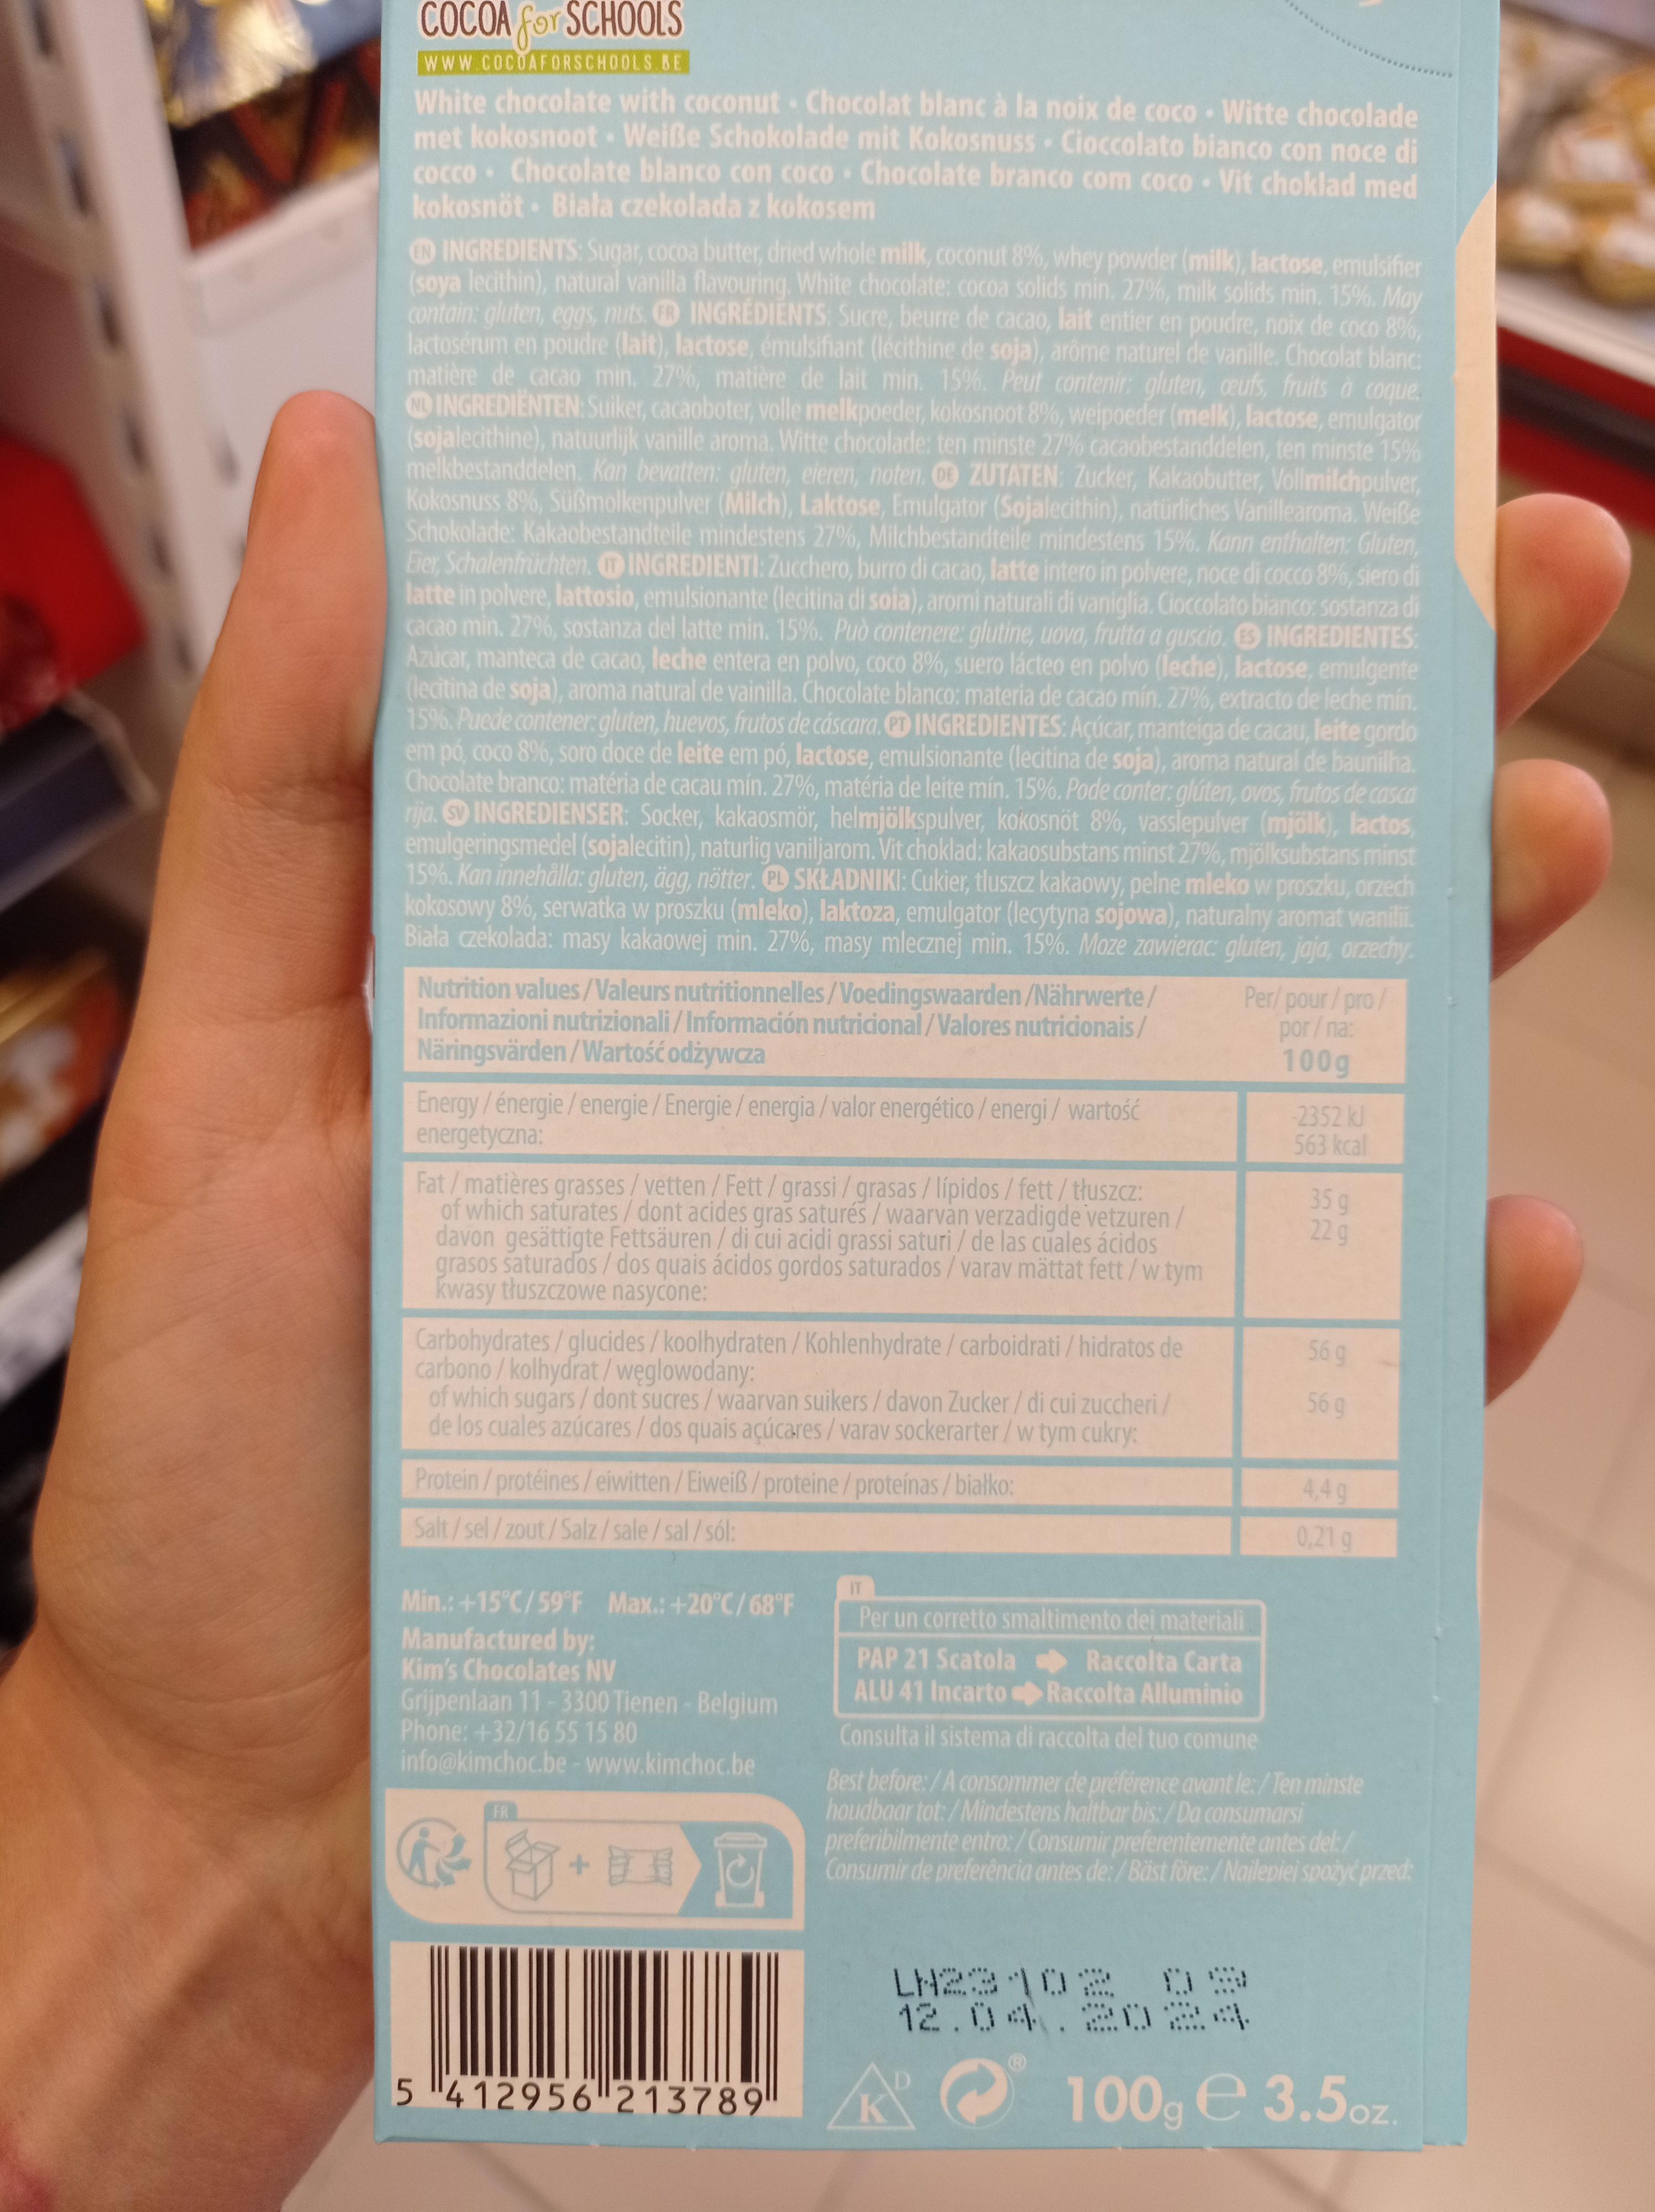
COCOA for SCHOOLS
www.COCOAFORSCHOOLS BE
White chocolate with coconut Chocolat blanc à la noix de coco. Witte chocolade met kokosnoot. Weiße Schokolade mit Kokosnuss Cioccolato bianco con noce di cocco Chocolate blanco con coco Chocolate branco com coco Vit choklad med kokosnöt Biała czekolada z kokosem
INGREDIENTS: Sugar, cocoa butter, dried whole milk, coconut 8%, whey powder (milk), lactose, emulsifier (soya lecithin), natural vanilla flavouring. White chocolate: cocoa solids min. 27%, milk solids min. 15%. May contain: gluten, eggs, nuts. INGREDIENTS: Sucre, beurre de cacao, lait entier en poudre, noix de coco 8%, lactosérum en poudre (lait), lactose, émulsifiant (lécithine de soja), arôme naturel de vanille. Chocolat blanc: matière de cacao min. 27%, matière de lait min. 15%. Peut contenir: gluten, ceufs, fruits à coque. NDINGREDIENTEN: Suiker, cacaoboter, volle melkpoeder, kokosnoot 8%, weipoeder (melk), lactose, emulgator (sojalecithine), natuurlijk vanille aroma. Witte chocolade: ten minste 27% cacaobestanddelen, ten minste 15% melkbestanddelen. Kan bevatten: gluten, eieren, noten. O ZUTATEN: Zucker, Kakaobutter, Vollmilchpulver, Kokosnuss 8%, Süßmolkenpulver (Milch), Laktose, Emulgator (Sojalecithin), natürliches Vanillearoma. Weiße Schokolade: Kakaobestandteile mindestens 27%, Milchbestandteile mindestens 15%. Kann enthalten: Gluten, Eier, Schalenfrüchten. INGREDIENTI: Zucchero, burro di cacao, latte intero in polvere, noce di cocco 8%, siero di latte in polvere, lattosio, emulsionante (lecitina di soia), aromi naturali di vaniglia. Cioccolato bianco: sostanza di cacao min. 27%, sostanza del latte min. 15%. Può contenere: glutine, uova, frutta a guscio. INGREDIENTES: Azúcar, manteca de cacao, leche entera en polvo, coco 8%, suero lácteo en polvo (leche), lactose, emulgente (lecitina de soja), aroma natural de vainilla. Chocolate blanco: materia de cacao mín. 27%, extracto de leche mín. 15%. Puede contener: gluten, huevos, frutos de cáscara. PD INGREDIENTES: Açúcar, manteiga de cacau, leite gordo em pó, coco 8%, soro doce de leite em pó, lactose, emulsionante (lecitina de soja), aroma natural de baunilha. Chocolate branco: matéria de cacau mín. 27%, matéria de leite mín. 15%. Pode conter: glúten, ovos, frutos de casca rija. SV INGREDIENSER: Socker, kakaosmör, helmjölkspulver, kokosnöt 8%, vasslepulver (mjölk), lactos, emulgeringsmedel (sojalecitin), naturlig vaniljarom. Vit choklad: kakaosubstans minst 27%, mjölksubstans minst 15%. Kan innehålla: gluten, ägg, nötter. PL SKŁADNIKI: Cukier, tluszcz kakaowy, pelne mleko w proszku, orzech kokosowy 8%, serwatka w proszku (mleko), laktoza, emulgator (lecytyna sojowa), naturalny aromat wanilii. Biała czekolada: masy kakaowej min. 27%, masy mlecznej min. 15%. Moze zawierac: gluten, jaja, orzechy.
Nutrition values/Valeurs nutritionnelles/Voedingswaarden/Nährwerte/ Informazioni nutrizionali/Información nutricional/Valores nutricionais/ Näringsvärden/Wartość odżywcza
Energy / énergie/energie/Energie/energia/valor energético / energi/ wartość energetyczna:
Fat / matières grasses/vetten / Fett / grassi/grasas / lípidos/fett/tłuszcz: of which saturates / dont acides gras saturés/ waarvan verzadigde vetzuren/ davon gesättigte Fettsäuren / di cui acidi grassi saturi/ de las cuales ácidos grasos saturados/dos quais ácidos gordos saturados / varav mättat fett / w tym kwasy tłuszczowe nasycone:
Carbohydrates/glucides / koolhydraten/Kohlenhydrate/ carboidrati / hidratos de carbono/kolhydrat/ węglowodany:
of which sugars/dont sucres / waarvan suikers/ davon Zucker / di cui zuccheri/ de los cuales azúcares / dos quais açúcares/ varav sockerarter/ w tym cukry:
Protein/protéines / eiwitten/Eiweiß/proteine/proteínas/białko:
Salt/sel/zout/Salz/sale/sal/sól:
Min.:+15°C/59°F Max.: +20°C/68°F Manufactured by: Kim's Chocolates NV
Grijpenlaan 11-3300 Tienen - Belgium Phone: +32/16 55 15 80 info@kimchoc.be - www.kimchoc.be
FR
|||||||
5 412956 213789
Per/pour/pro/ por/na:
100g
LN23102 09 12.04.2024
-2352 kJ 563 kcal
23
35 g 22 g
66
56 g
56 g
Per un corretto smaltimento dei materiali PAP 21 Scatola
Raccolta Carta
ALU 41 IncartoRaccolta Alluminio Consulta il sistema di raccolta del tuo comune
Best before:/A consommer de préférence avant le: /Ten minste houdbaar tot:/Mindestens haltbar bis: /Da consumarsi preferibilmente entro: /Consumir preferentemente antes del:/ Consumir de preferência antes de:/Bäst före:/Najlepiej spożyć przed:
4,4 g
0,21 g
100g e 3.5oz